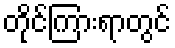
တိုင်ကြားရာတွင်